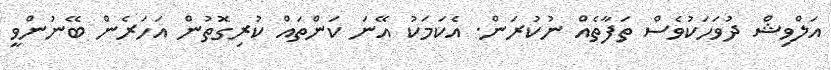
އަލްވިޝް ދުވަހަކުވެސް ތަފާތެއް ނުކުރަން. އެކަމަކު އޭނަ ކަންތައް ކުރިގޮތުން އަހަރެން ބޭނުންވީ